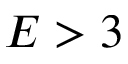
E > 3